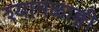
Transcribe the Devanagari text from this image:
श्यामळाङ्गी